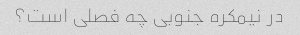
در نیمکره جنوبی چه فصلی است؟